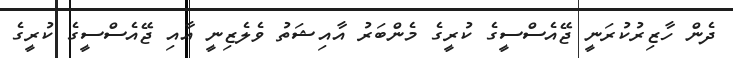
ދެން ހާޒިރުކުރަނީ ޖޭއެސްސީގެ ކުރީގެ މެންބަރު އާއިޝަތު ވެލެޒިނީ އާއި ޖޭއެސްސީގެ ކުރީގެ